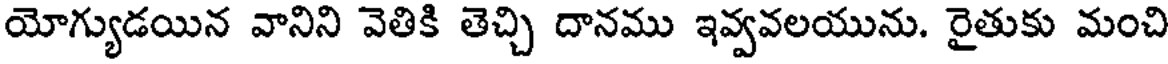
యోగ్యుడయిన వానిని వెతికి తెచ్చి దానము ఇవ్వవలయును. రైతుకు మంచి